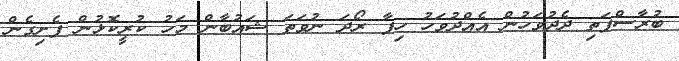
ބުރާސްފަތި ދެދުވަހުން އެއްދުވަހު ހިފާ ރޯދަ ނުވަތަ ޝައުބާން މަހު ކުރީކޮޅުން ފެށިގެން